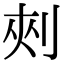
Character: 㓨